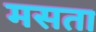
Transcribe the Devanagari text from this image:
मसता